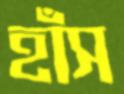
হাঁস